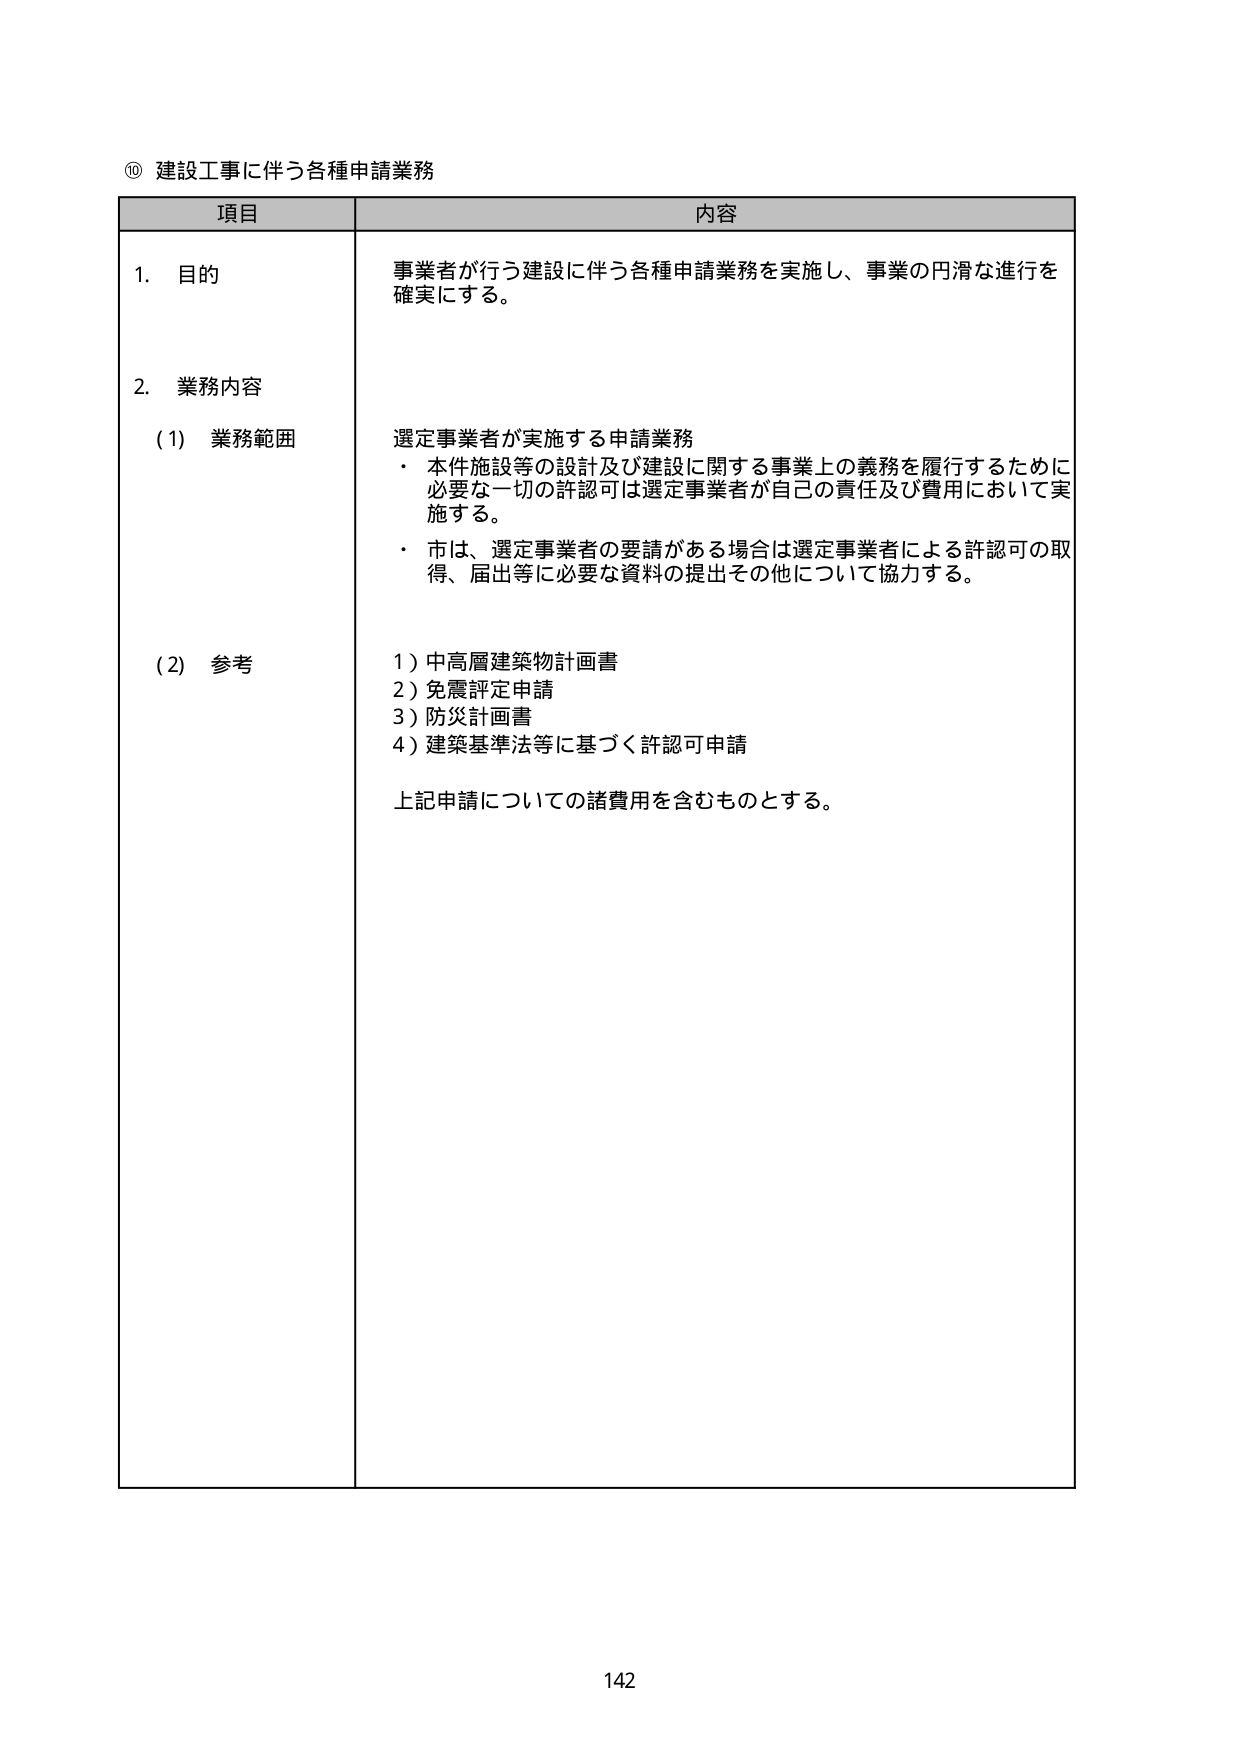
⑩ 建設工事に伴う各種申請業務

項目 内容

1. 目的
事業者が行う建設に伴う各種申請業務を実施し、事業の円滑な進行を確実にする。

2. 業務内容
(1) 業務範囲
選定事業者が実施する申請業務
・ 本件施設等の設計及び建設に関する事業上の義務を履行するために必要な一切の許認可是選定事業者が自己の責任及び費用において実施する。
・ 市は、選定事業者の要請がある場合は選定事業者による許認可の取得、届出等に必要な資料の提出その他について協力する。

(2) 参考
1) 中高層建築物計画書
2) 免震評定申請
3) 防災計画書
4) 建築基準法等に基づく許認可申請
上記申請についての諸費用を含むものとする。

142